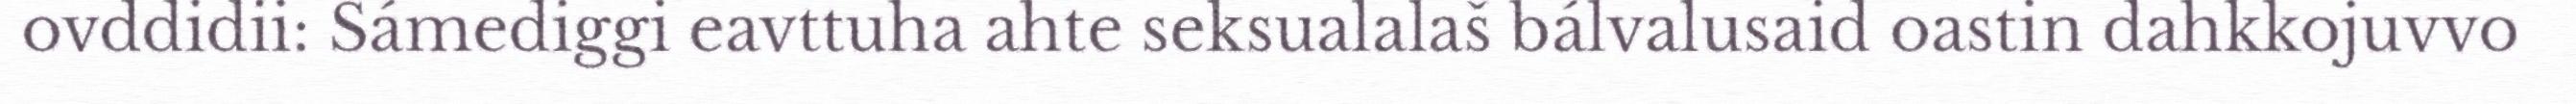
ovddidii: Sámediggi eavttuha ahte seksualalaš bálvalusaid oastin dahkkojuvvo